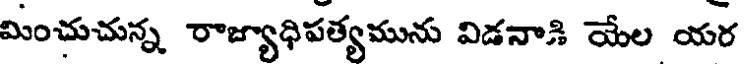
మించుచున్న రాజ్యాధిపత్యమును విడనాడి యేల యర